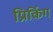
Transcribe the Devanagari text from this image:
प्रिकिंग